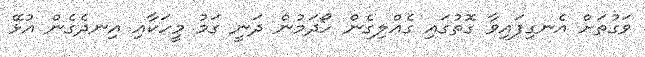
ވަގުތަށް އެނގިފައިވާ ގޮތުގައި ގެއްލިގެން ހޯދަމުން ދަނީ ގަމު މީހަކާއި އިނދެގެން އުޅޭ